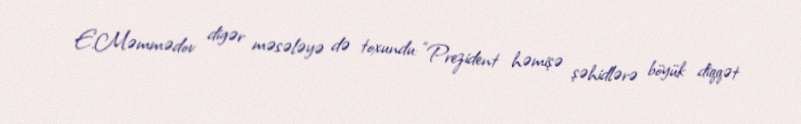
E.Məmmədov digər məsələyə də toxundu: “Prezident həmişə şəhidlərə böyük diqqət